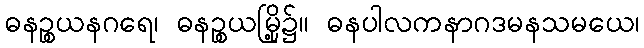
ဓနဉ္စယနဂရေ၊ ဓနဉ္စယမြို့၌။ ဓနပါလကနာဂဒမနသမယေ၊